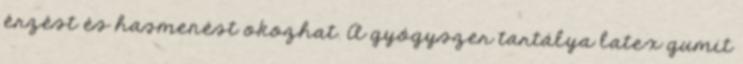
érzést és hasmenést okozhat. A gyógyszer tartálya latex gumit